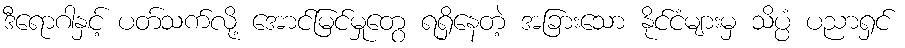
ဒီရောဂါနှင့် ပတ်သက်လို့ အောင်မြင်မှုတွေ ရရှိနေတဲ့ အခြားသော နိုင်ငံများမှ သိပ္ပံ ပညာရှင်